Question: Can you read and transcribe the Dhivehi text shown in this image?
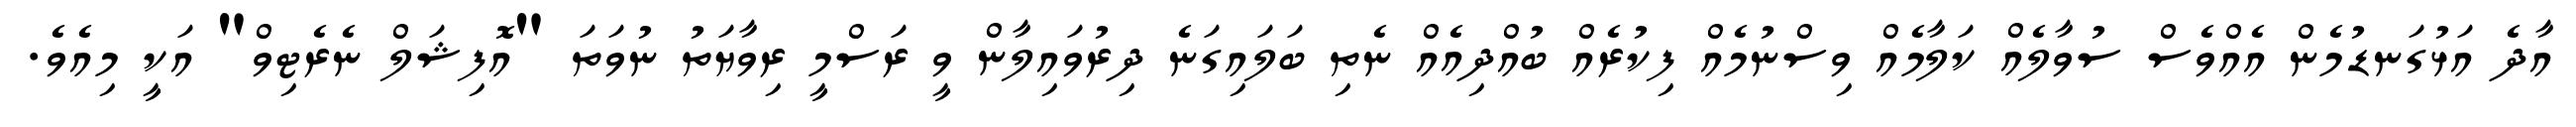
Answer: އާދެ އަޅުގަނޑުމެން އެއްވެސް ސުވާލެއް ކަލާމެއް ވިސްނުމެއް ފިކުރެއް ބުއްދިއެއް ނެތި ބަލައިގަނެ ދިރުވައިލާން ވީ ރަސްމީ ރިވާޔަތު ނުވަތަ "އޮފިޝަލް ނެރެޓިވް" އަކީ މިއެވެ.